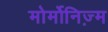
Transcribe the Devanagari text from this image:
मोर्मोनिज्‍़म